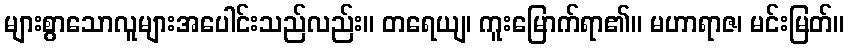
များစွာသောလူများအပေါင်းသည်လည်း။ တရေယျ၊ ကူးမြောက်ရာ၏။ မဟာရာဇ၊ မင်းမြတ်။